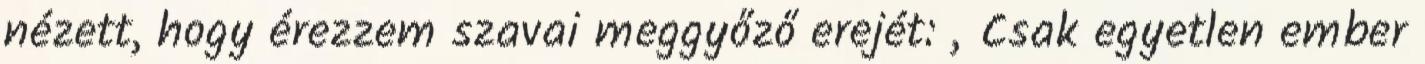
nézett, hogy érezzem szavai meggyőző erejét: „Csak egyetlen ember